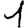
Digit: 1